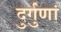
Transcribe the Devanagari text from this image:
दुर्गुणां